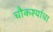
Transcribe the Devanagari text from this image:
चौकश्यांचा